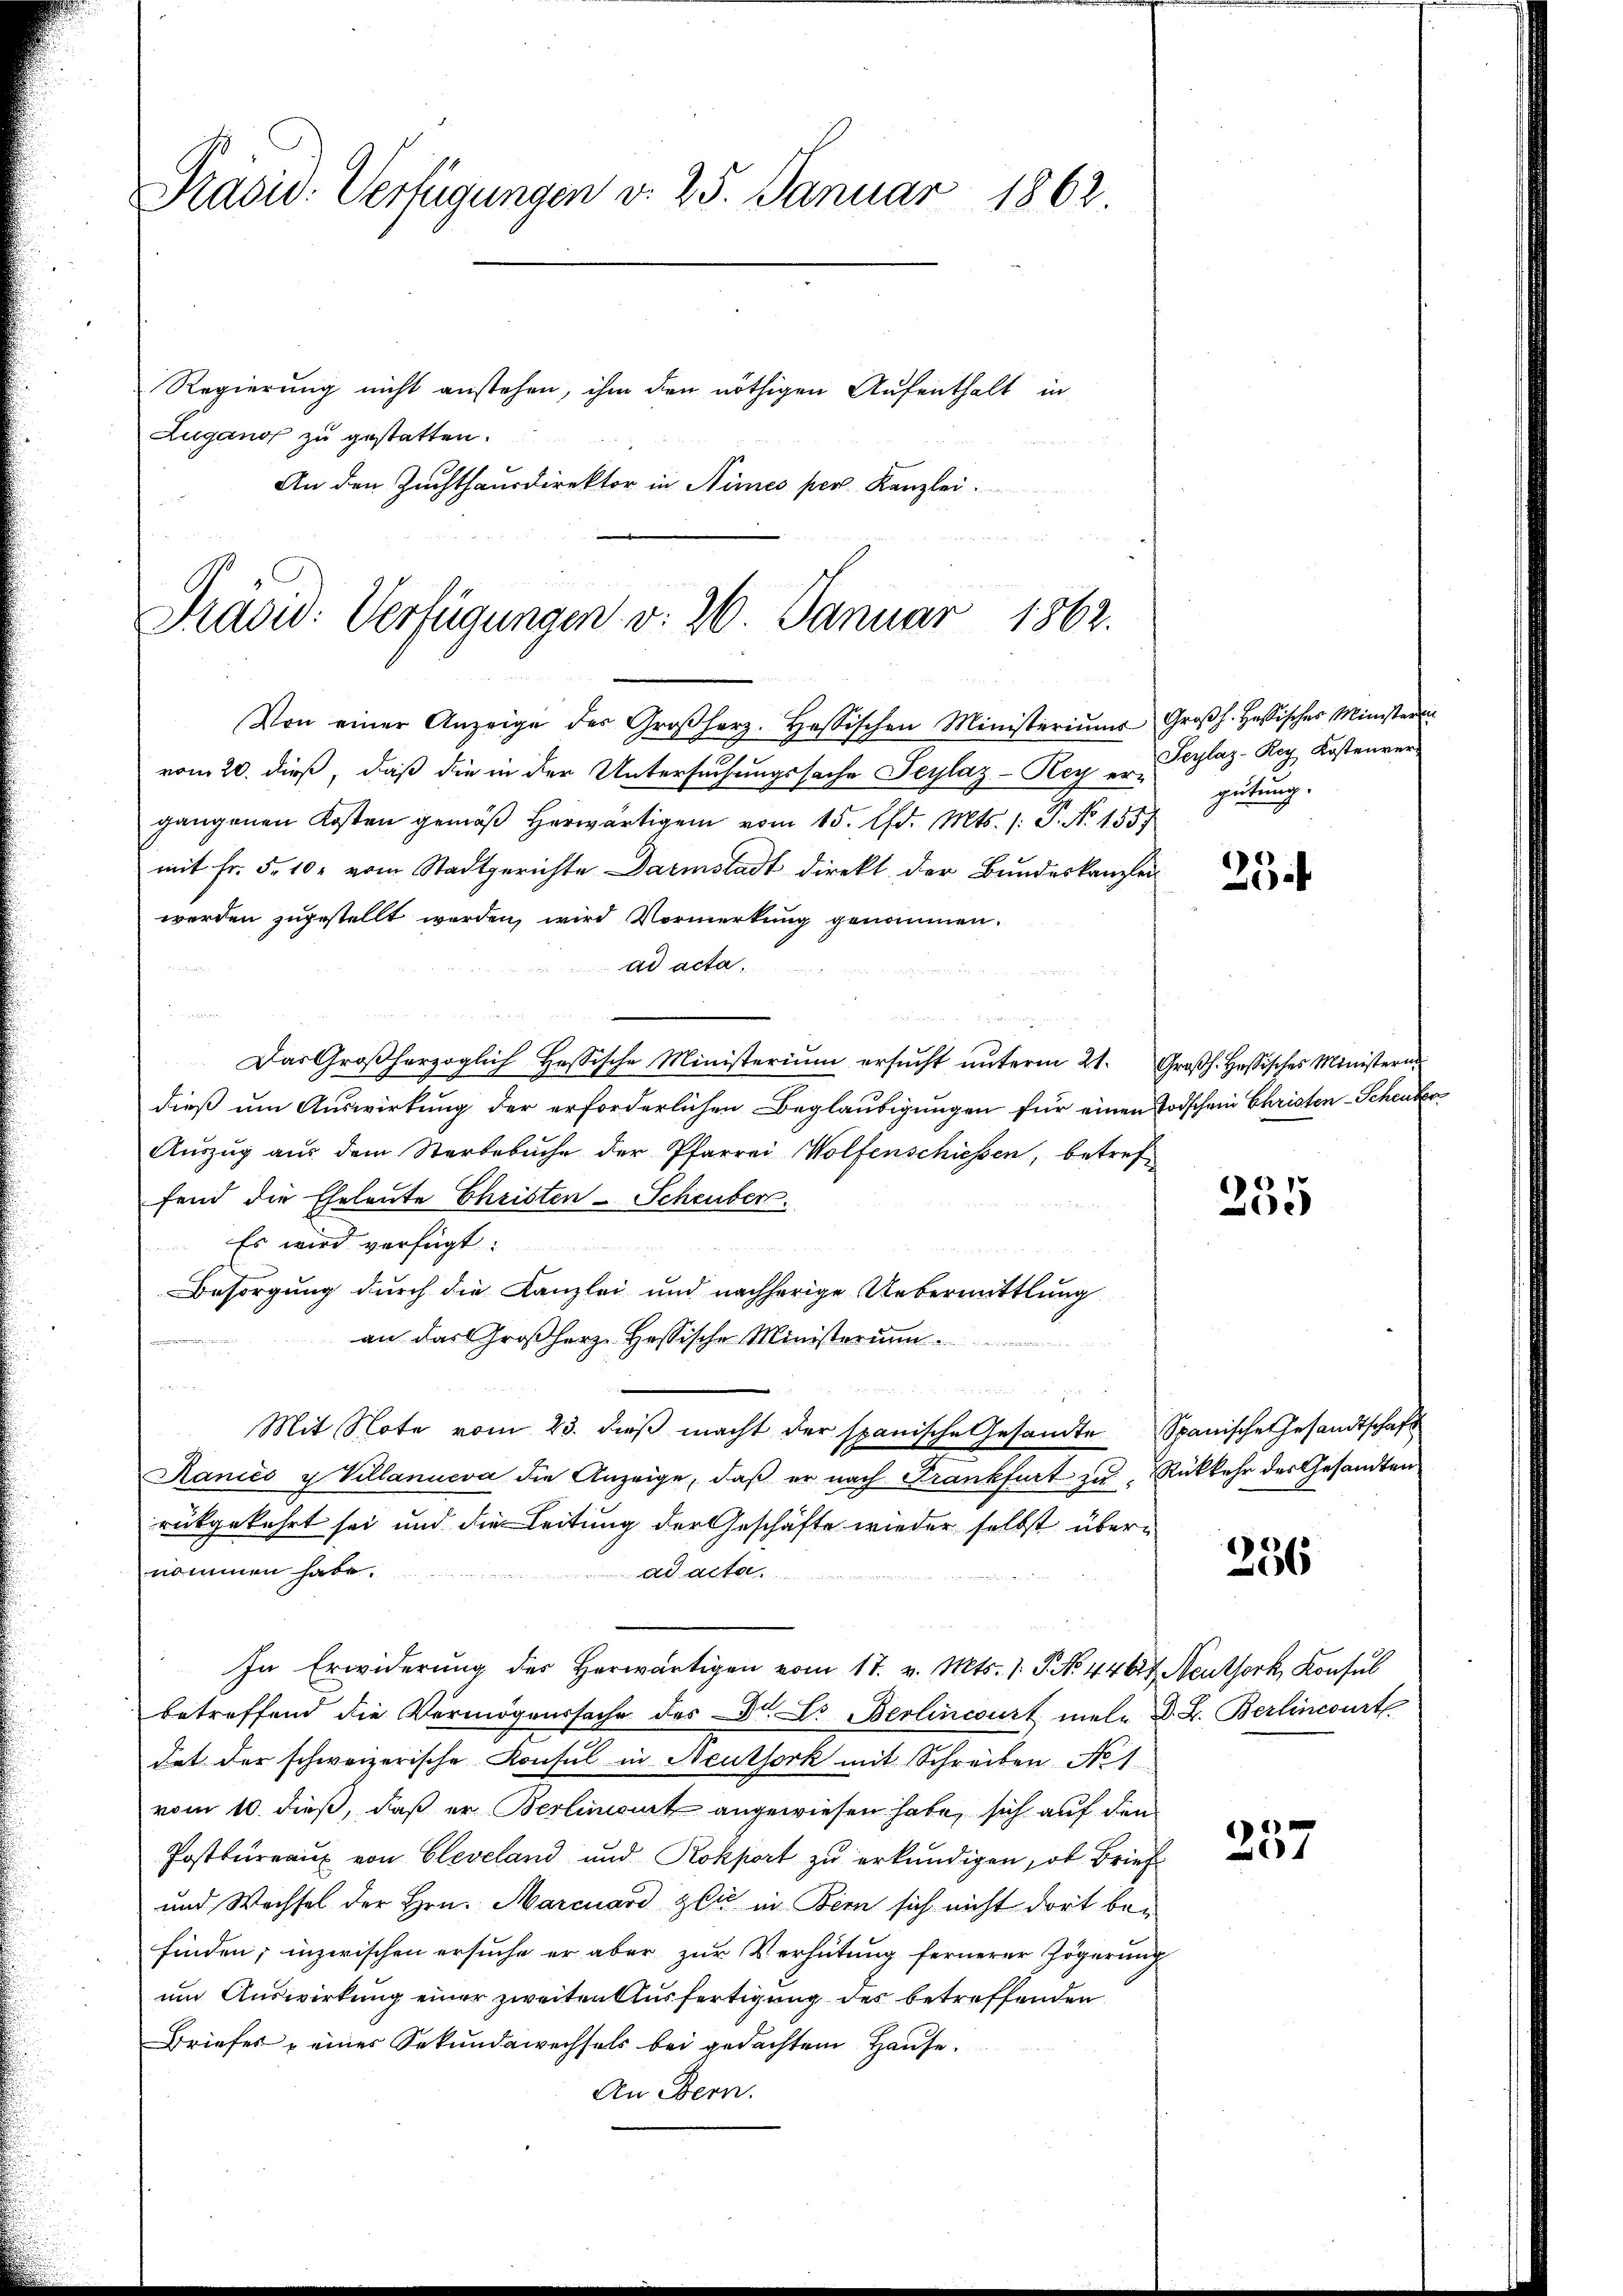
Prasis. Verfügungen d. 25. Januar 1862
Regierung nicht anstehen, ihm den nöthigen Aufenthalt in
Zugano zu gestatten.
An den Zuchthausdirektor in Nimes per Kanzlei

Praow: Verfügungen v. 26. Januar 1862.
Von einer Anzeige des Großherz. Hassischen Ministeriŭms Groβh. Hassischer Ministerie

vom 20. dieß, daß die in der Untersuchungssache Seylaz-Key ergangenen Kosten gemäβ herwärtigen vom 15. d. Mts. /: P. No 1557
mit Fr. 5. 10. vom Stadtgerichte Darmstadt direkt der Bundeskanzlei
werden zugestellt werden, wird Vormerkung genommen.
ad acta.
u

Das Großherzoglich Hessische Ministerium ersŭcht ŭnterm 21. Großh. Hassisches Ministern
dieß um Auswirkung der erforderlichen Beglaubigungen für einen Todschein Christen-Scheuber
Auszug aus dem Sterbebuche der Pfarrei Wolfenschiessen, betref
fend die Eheleute Christen-Scheuber.
Es wird verfügt:
 14. M
Besorgung durch die Kanzlei und nachherige Uebermittlung
an das Großherz-Hessische Ministerum
f vernommen in ei

Mit Note vom 23. dieß macht der spanische Gesandte
Raniés u Villanueva die Anzeige, daβ er nach Frankfurt zu Rükkehr des Gesandten
rükgekehrt sei und die Leitung der Geschäfte wieder selbst übernommen habe.
ad acta

In Erwiderung des herwärtigen vom 17. v. Mts. 1. J. No 44 lt. Neuthork, Konsul
betreffend die Vermögenssache des Dr. Dr Berlincourt male d. L. Berlincourt
dat der schweizerische Konsul in Neuthork mit Schreiben No 1.
vom 10. dieß, daß er Berlimourt angewiesen habe, sich auf den
Postbureaux von Cleveland und Rokport zu erkundigen, ob Brief
und Wechsel der Hrn. Marcuard gli in Bern sich nicht dort bei
finden; inzwischen ersuche er aber zur Verhütung fernerer Zögerung
um Auswirkung einer zweiten Ausfertigung des betreffenden
Briefes & einer Sekundawechsels bei gedachtem Hause.
An Bern.

Scylaz-Rey Kostenvergütung.

23.

)
e

Spanische Gesandtschaft

236

1)
e